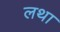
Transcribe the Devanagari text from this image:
लथा